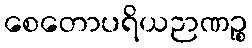
စေတောပရိယဉာဏဉ္စ